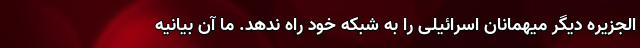
الجزیره دیگر میهمانان اسرائیلی را به شبکه خود راه ندهد. ما آن بیانیه